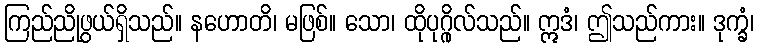
ကြည်ညိုဖွယ်ရှိသည်။ နဟောတိ၊ မဖြစ်။ သော၊ ထိုပုဂ္ဂိုလ်သည်။ ဣဒံ၊ ဤသည်ကား။ ဒုက္ခံ၊